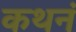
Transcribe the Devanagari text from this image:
कथनं